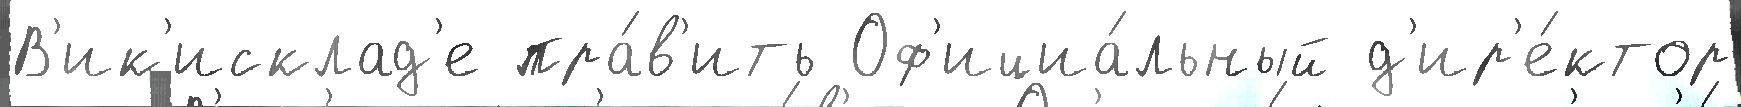
В'ик'исклад'е пра́в'ить Оф'ициа́льный д'ир'е́ктор